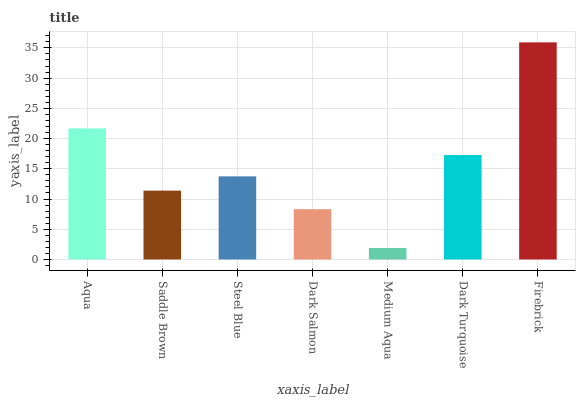
| xaxis_label | bars |
 | --- | --- |
 | Aqua | 21.7 |
 | Saddle Brown | 11.4 |
 | Steel Blue | 13.7 |
 | Dark Salmon | 8.32 |
 | Medium Aqua | 1.9 |
 | Dark Turquoise | 17.3 |
 | Firebrick | 35.9 |